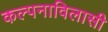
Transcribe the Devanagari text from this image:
कल्पनाविलासी